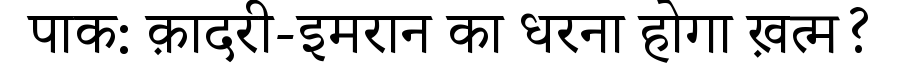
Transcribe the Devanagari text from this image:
पाक: क़ादरी-इमरान का धरना होगा ख़त्म?